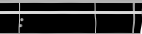
: